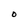
Character: O